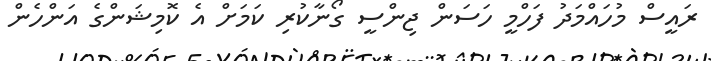
ރައީސް މުހައްމަދު ފަހްމީ ހަސަން ޖިންސީ ގޯނާކުރި ކަމަށް އެ ކޮމިޝަންގެ އަންހެން